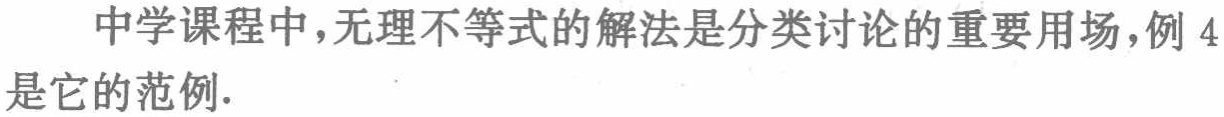
中学课程中，无理不等式的解法是分类讨论的重要用场，例 4是它的范例.